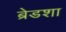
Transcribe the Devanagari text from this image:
ब्रेडशा